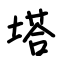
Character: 塔